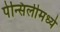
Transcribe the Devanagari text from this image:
पेन्सिलीमध्ये